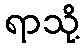
ရာသို့